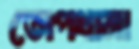
তোপখানা